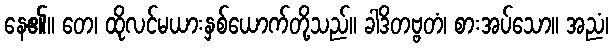
နေ၏။ တေ၊ ထိုလင်မယားနှစ်ယောက်တို့သည်။ ခါဒိတဗ္ဗတံ၊ စားအပ်သော။ အညံ၊